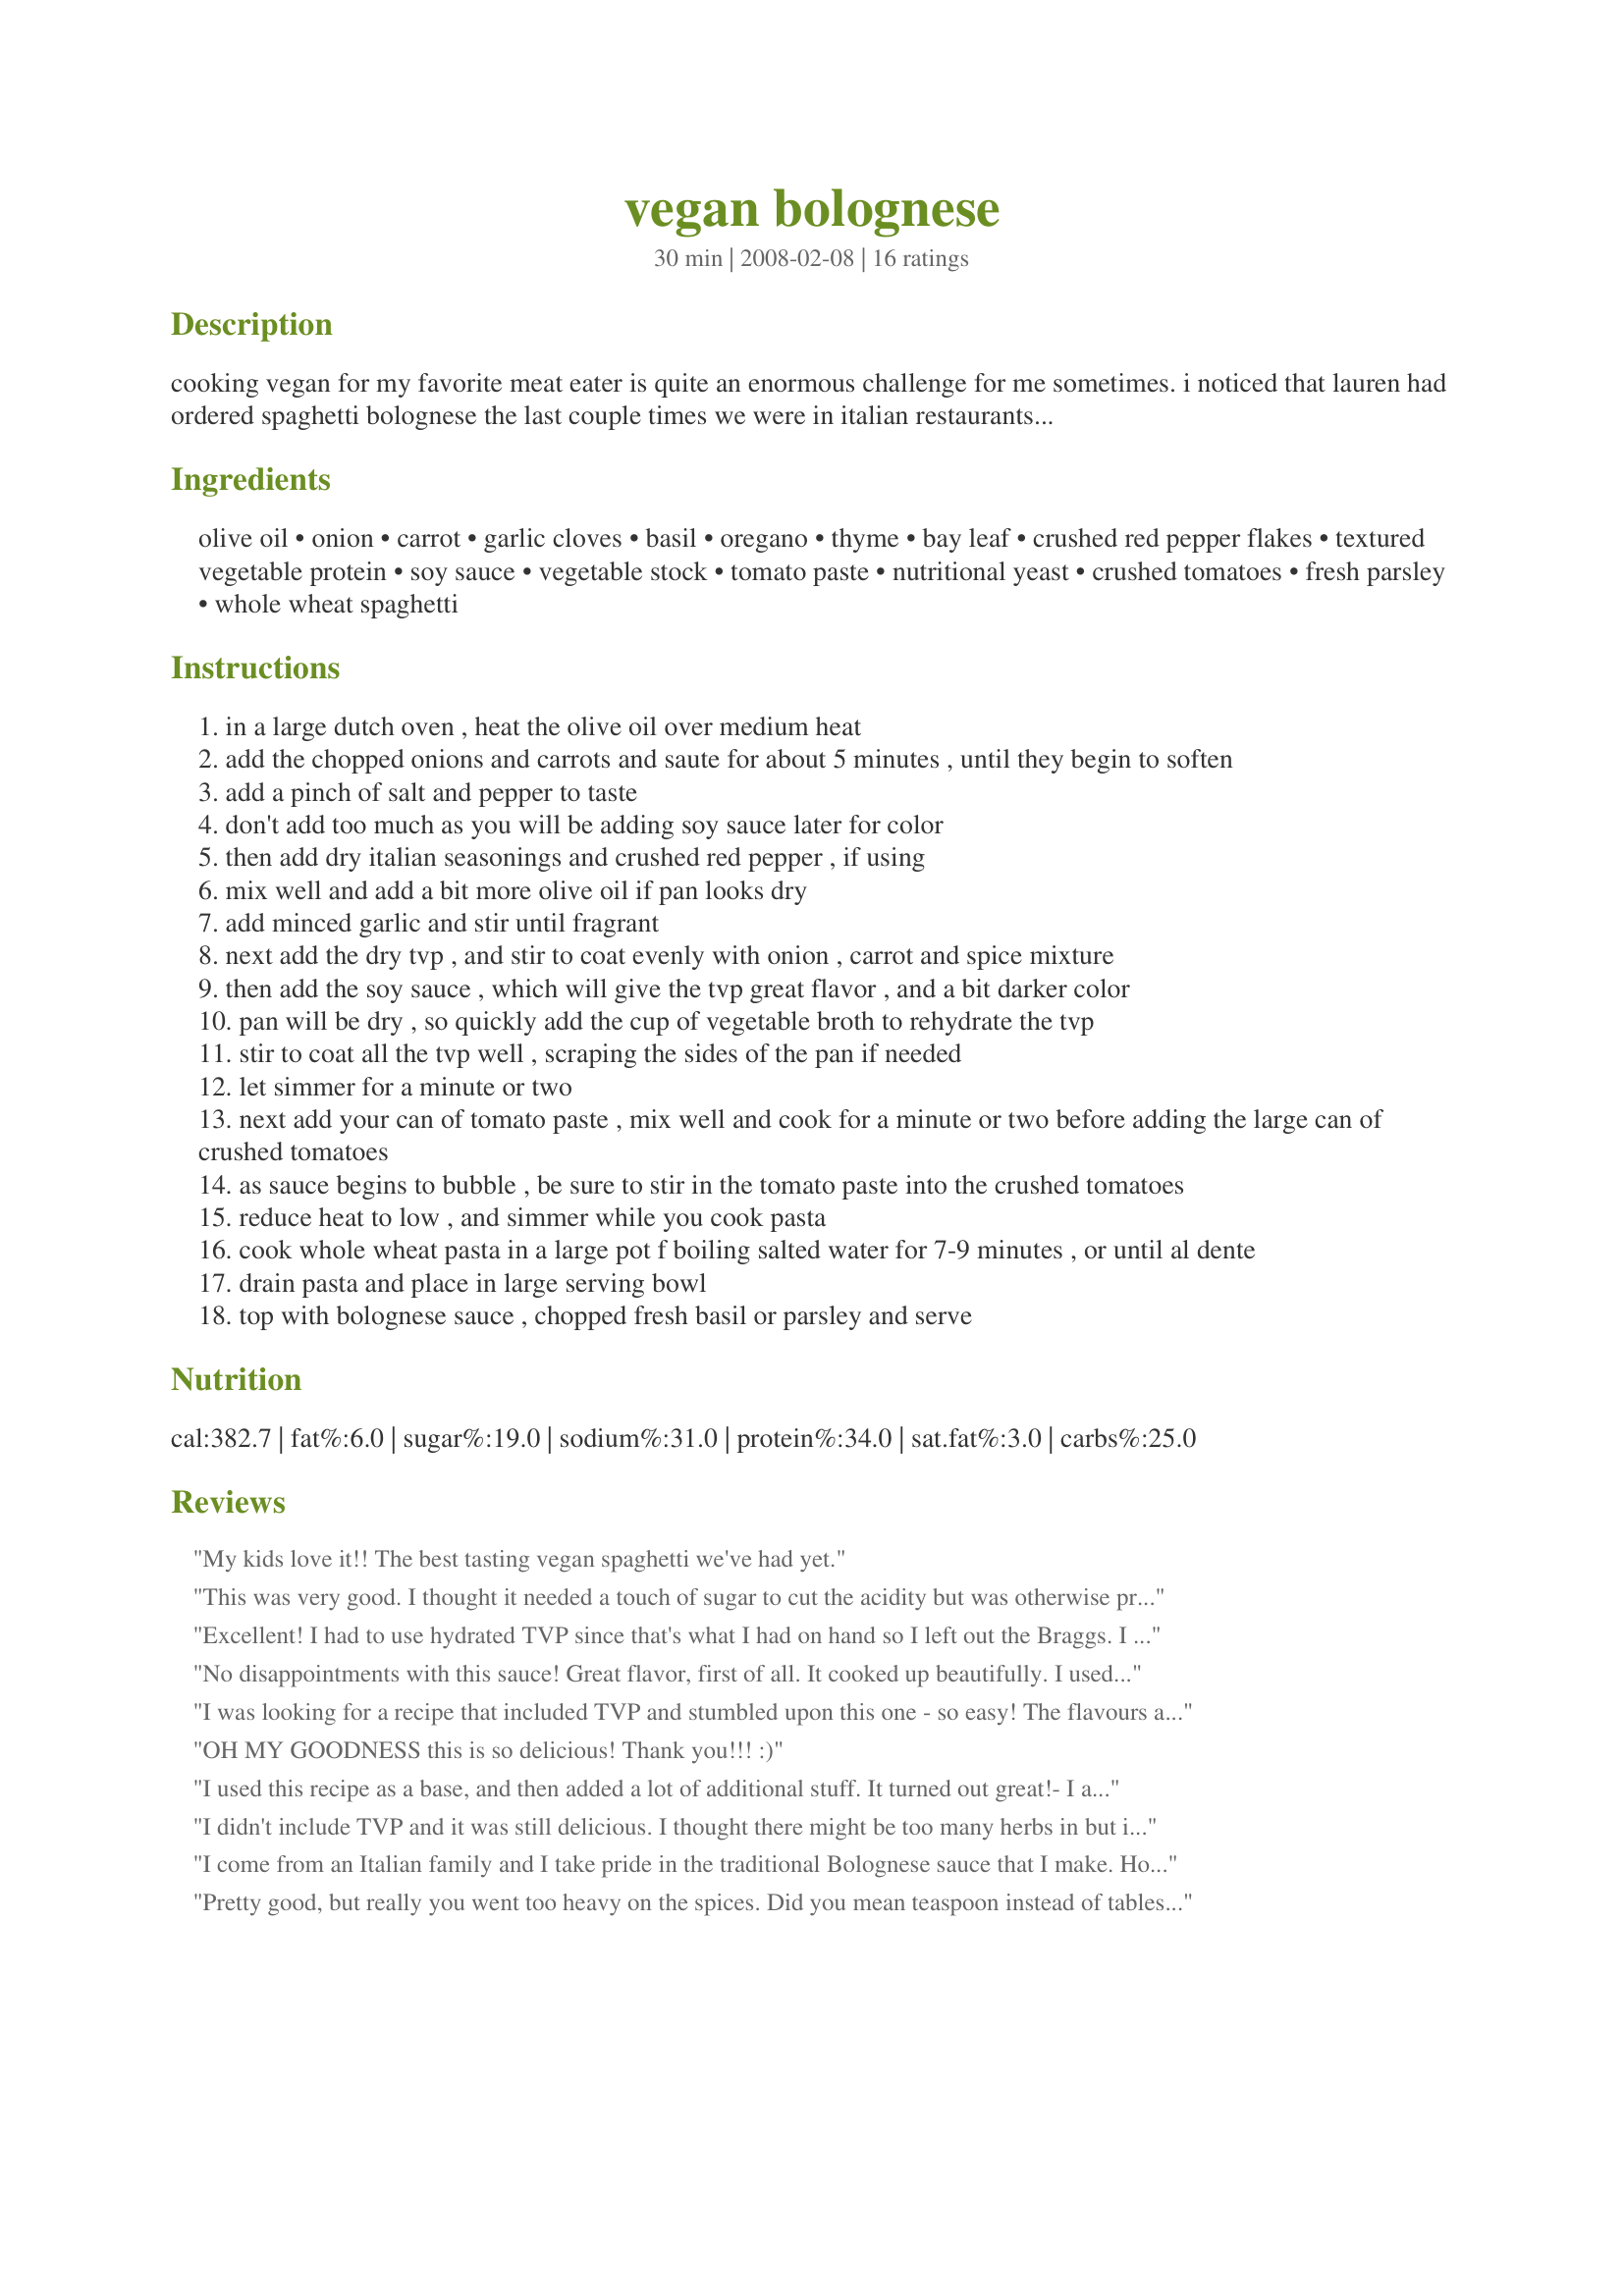
vegan bolognese
Preparation time: 30 minutes

cooking vegan for my favorite meat eater is quite an enormous challenge for me sometimes. i noticed that lauren had ordered spaghetti bolognese the last couple times we were in italian restaurants. this was my vegan take on an old italian favorite, and she thought it was great! i decided to use textured vegetable protein (tvp) because it absorbs the flavors of whatever you rehydrate it with.

Ingredients:
olive oil, onion, carrot, garlic cloves, basil, oregano, thyme, bay leaf, crushed red pepper flakes, textured vegetable protein, soy sauce, vegetable stock, tomato paste, nutritional yeast, crushed tomatoes, fresh parsley, whole wheat spaghetti

Steps:
in a large dutch oven , heat the olive oil over medium heat
add the chopped onions and carrots and saute for about 5 minutes , until they begin to soften
add a pinch of salt and pepper to taste
don't add too much as you will be adding soy sauce later for color
then add dry italian seasonings and crushed red pepper , if using
mix well and add a bit more olive oil if pan looks dry
add minced garlic and stir until fragrant
next add the dry tvp , and stir to coat evenly with onion , carrot and spice mixture
then add the soy sauce , which will give the tvp great flavor , and a bit darker color
pan will be dry , so quickly add the cup of vegetable broth to rehydrate the tvp
stir to coat all the tvp well , scraping the sides of the pan if needed
let simmer for a minute or two
next add your can of tomato paste , mix well and cook for a minute or two before adding the large can of crushed tomatoes
as sauce begins to bubble , be sure to stir in the tomato paste into the crushed tomatoes
reduce heat to low , and simmer while you cook pasta
cook whole wheat pasta in a large pot f boiling salted water for 7-9 minutes , or until al dente
drain pasta and place in large serving bowl
top with bolognese sauce , chopped fresh basil or parsley and serve

Reviews:
My kids love it!! The best tasting vegan spaghetti we've had yet.
This was very good. I thought it needed a touch of sugar to cut the acidity but was otherwise pretty perfect. Easy, healthy, and inexpensive. It&#039;s the trifecta! Thanks....
Excellent! I had to use hydrated TVP since that's what I had on hand so I left out the Braggs. I added some red wine as after reading some of the other reviews. I thought the recipe may be a little heavy handed on the herbs but it turned out great and I'll be making this again. Thanks for sharing the recipe.
No disappointments with this sauce! Great flavor, first of all. It cooked up beautifully. I used only 1 Tbsp oil and added a tiny bit of water to keep it from getting too dry. I actually had to add about 1/2 cup water later in cooking because it's SO thick! Oh, and I reduced the crushed pepper to 1/4 tsp. That gave it just a touch of heat. I cooked a handful of fresh parsley right in with the sauce. I totally forgot to add the nutritional yeast, but the side salad had a dressing with it (my Everything Dressing) so at least the taste was there. One to keep! Thank you for this fab creation!
I was looking for a recipe that included TVP and stumbled upon this one - so easy! The flavours are amazing and it has a creamy texture that was delicious. I ended up using a bit of extra oil and it turned out great. Thank you!
OH MY GOODNESS this is so delicious! Thank you!!! :)
I used this recipe as a base, and then added a lot of additional stuff. It turned out great!<br/>- I added maybe 2 cups of diced button mushrooms and more garlic.<br/>- I used half olive oil, half toasted sesame oil for saut?eing the veggies because I think that gives the dish a fantastic flavor.<br/>- I added about 2/3-3/4 cups of red wine.<br/>- I only used one 14 oz can of crushed tomatoes, but added maybe 3/4 cups of soy milk. I like my bolognese thick and creamy!<br/>- Instead of nutritional yeast, I used about 1/2 cup of vegan parmesan.<br/>- I added the basil to the sauce before serving, instead of using it as a topping.
I didn't include TVP and it was still delicious. I thought there might be too many herbs in but it worked out so well. Can't wait to eat this again!
I come from an Italian family and I take pride in the traditional Bolognese sauce that I make. However, my wife is a vegan so last weekend I tried this recipe on her and my Italian cousins. Wow! I couldn't believe all of the compliments that I got! I did add a cup of red wine and celery to the recipe but, without using meat, it was still outstanding!! Bravo!
Pretty good, but really you went too heavy on the spices. Did you mean teaspoon instead of tablespoon for the dry spices? And the amount of crushed red pepper flakes made it hotter than it should be for just a bolognese. Otherwise I liked it, and appreciated that it was not overly saucy. I will try it again, reducing the herbs and red pepper.
Thank you so much for sharing this recipe, it was perfect, I have made it a few times already and always look forward to making it again and again.
Ohhh, so comforting! I could have sworn I was eating meat sauce. I've added TVP to pasta sauce before, but this method made it way more flavorful. I served it over gluten-free linguine and topped it with Recipe #413778. Thanks so much for posting! Made for Veg*an Swap, May 2010
I thought this was great! I agree, adding celery & wine is a great idea if you have any on hand, takes it that one step further. What I really loved about this is that you managed to use TVP and only one pot - I really appreciate that!! I made the recipe as written, added a touch of sugar and wishing I had some fresh basil. This reminds me of bolo sauce from childhood, it's thick and great comfort food - I like it and so did my kids. Thanks Kozmic!
This was really yum! Super easy to make. I used dehydrated TVP it came out perfect. I used less herbs like others suggested and omitted the bay leaf. Served this on a bed of baby spinach to wilt when stirred through. Definitely becoming a weekly staple!
This was delicious! Made it for dinner and it was quick, even when using fresh tomatoes (which I blanched and removed the skins from). I didn&#039;t see in the instructions when to add the nutritional yeast, so I just added it when it was almost done cooking and it complemented the taste well. I was worried my bouillon would be too salty, so I reduced the soy sauce to one tablespoon. I also added some red wine, not sure how much, just used my instinct. It came out perfect - thank you!
I made this as is and thought it needed a bit of help. I ended up adding some red wine, per another review's suggestion, and a bit of brown sugar to sweeten it up a bit. The finished product suited our taste better. Thanks for the recipe!
